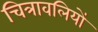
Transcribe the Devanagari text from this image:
चित्रावलियों